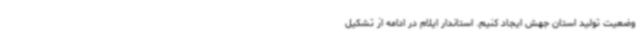
وضعیت تولید استان جهش ایجاد کنیم. استاندار ایلام در ادامه از تشکیل